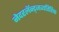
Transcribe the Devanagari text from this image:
नेदरलॅन्ड्जव्यतिरिक्त